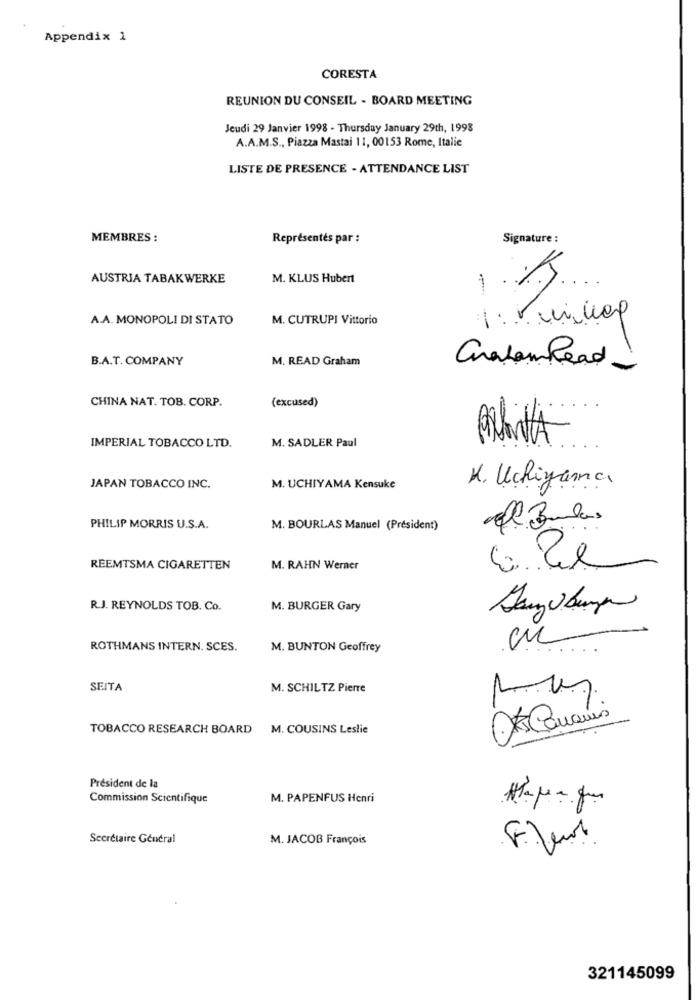
Appendix 1
CORESTA
REUNION DU CONSEIL - BOARD MEETING
Jeudi 29 Janvier 1998 - Thursday January 29th, 1998
A.A.M.S ., Piazza Mastai 11, 00153 Rome, Italie
LISTE DE PRESENCE - ATTENDANCE LIST
MEMBRES :
Représentés par :
Signature :
AUSTRIA TABAKWERKE
M. KLUS Hubert
1.
A.A. MONOPOLI DI STATO
M. CUTRUPI Vittorio
B.A.T. COMPANY
M. READ Graham
Graham Read.
CHINA NAT. TOB. CORP.
(excused)
IMPERIAL TOBACCO LTD.
M. SADLER Paul
JAPAN TOBACCO INC.
M. UCHIYAMA Kensuke
K. Uchiyana
El Bulas
PHILIP MORRIS U.S.A.
M. BOURLAS Manuel (Président)
REEMTSMA CIGARETTEN
M. RAHN Werner
R.J. REYNOLDS TOB. Co.
M. BURGER Gary
ROTHMANS INTERN. SCES.
M. BUNTON Geoffrey
SEITA
M. SCHILTZ Pierre
TOBACCO RESEARCH BOARD M. COUSINS Leslie
President de la
Commission Scientifique
M. PAPENFUS Henri
Secrétaire Général
M. JACOB François
321145099